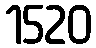
1520